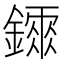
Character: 𨭂